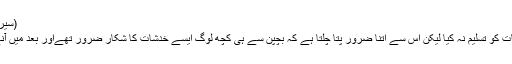
(سیرت ابن ہشام، مترجم ص154، عبداللہ اکیڈمی لاہور)
اگرچہ آپ صلعم کی والدہ نے شیطان کے اثر والی بات کو تسلیم نہ کیا لیکن اس سے اتنا ضرور پتا چلتا ہے کہ بچپن سے ہی کچھ لوگ ایسے خدشات کا شکار ضرور تھےاور بعد میں آنے والے واقعات حلیمہ کی تائید کرتے نظر آتے ہیں۔